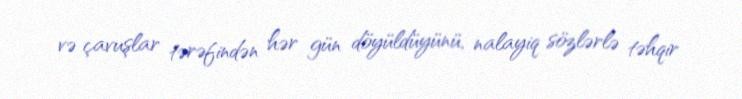
və çavuşlar tərəfindən hər gün döyüldüyünü, nalayiq sözlərlə təhqir